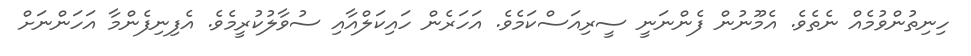
ހިނިތުންވުމެއް ނެތެވެ. އެމޫނުން ފެންނަނީ ސީރިއަސްކަމެވެ. އަހަރެން ހައިކަލްއާއި ސުވާލުކުރީމެވެ. އެފިނިފެންމާ އަހަންނަށް